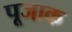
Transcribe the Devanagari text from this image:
पूजाक